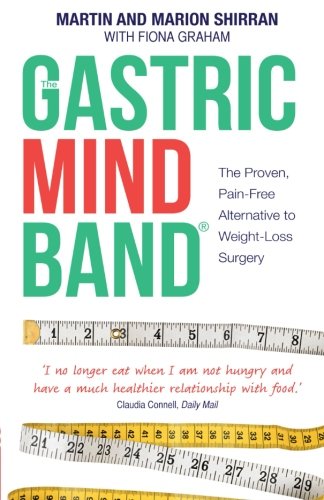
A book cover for The Gastric Mind Band, The Proven, Pain-Free Alternative to Weight-Loss Surgery; Martin Shirran; Health, Fitness & Dieting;